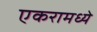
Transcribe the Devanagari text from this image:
एकरामध्ये